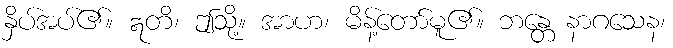
နှိပ်အပ်၏။ ဣတိ၊ ဤသို့။ အာဟ၊ မိန့်တော်မူ၏။ ဘန္တေ နာဂသေန၊